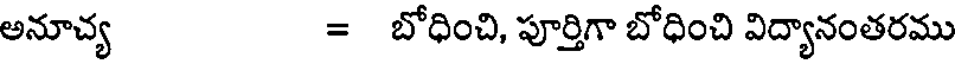
అనూచ్య = బోధించి, పూర్తిగా బోధించి విద్యానంతరము